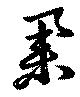
舉